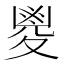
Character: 𡕰